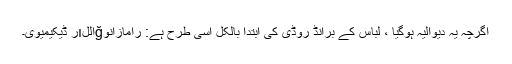
اگرچہ یہ دیوالیہ ہوگیا ، لباس کے برانڈ روڈی کی ابتدا بالکل اسی طرح ہے: رامازانوğاللıر ڈیکیمیوی۔